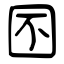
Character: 囨